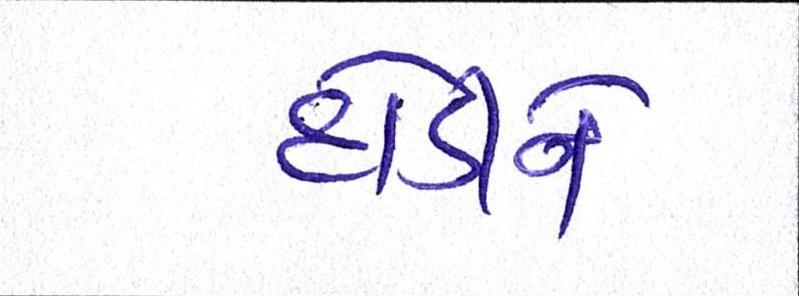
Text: દોડીને